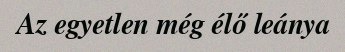
Az egyetlen még élő leánya